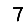
Digit: 7